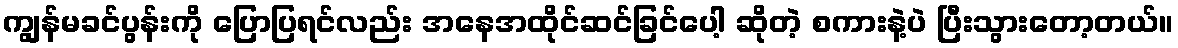
ကျွန်မခင်ပွန်းကို ပြောပြရင်လည်း အနေအထိုင်ဆင်ခြင်ပေါ့ ဆိုတဲ့ စကားနဲ့ပဲ ပြီးသွားတော့တယ်။